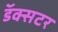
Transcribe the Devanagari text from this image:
डॅक्सटर